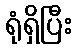
ရုံရှိပြီး